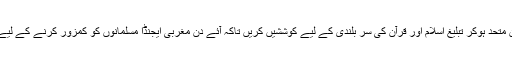
آج کے دور میں اس بات کی اشد ضرورت ہے کہ مسلمان متحد ہوکر تبلیغ اسلام اور قرآن کی سر بلندی کے لیے کوششیں کریں تاکہ آئے دن مغربی ایجنڈا مسلمانوں کو کمزور کرنے کے لیے جو منفی پروپیگنڈا کر رہا ہے اس کا مقابلہ کیا جاسکے۔